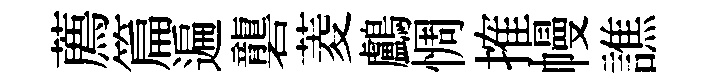
薦篇遍礱菱鸕惆搉幔譙